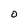
Character: O